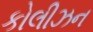
કોલીઝન